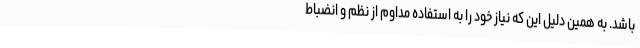
باشد. به همین دلیل این که نیاز خود را به استفاده مداوم از نظم و انضباط